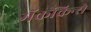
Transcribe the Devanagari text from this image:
मॅककिन्से